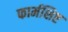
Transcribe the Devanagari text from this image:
फार्मशिष्ट